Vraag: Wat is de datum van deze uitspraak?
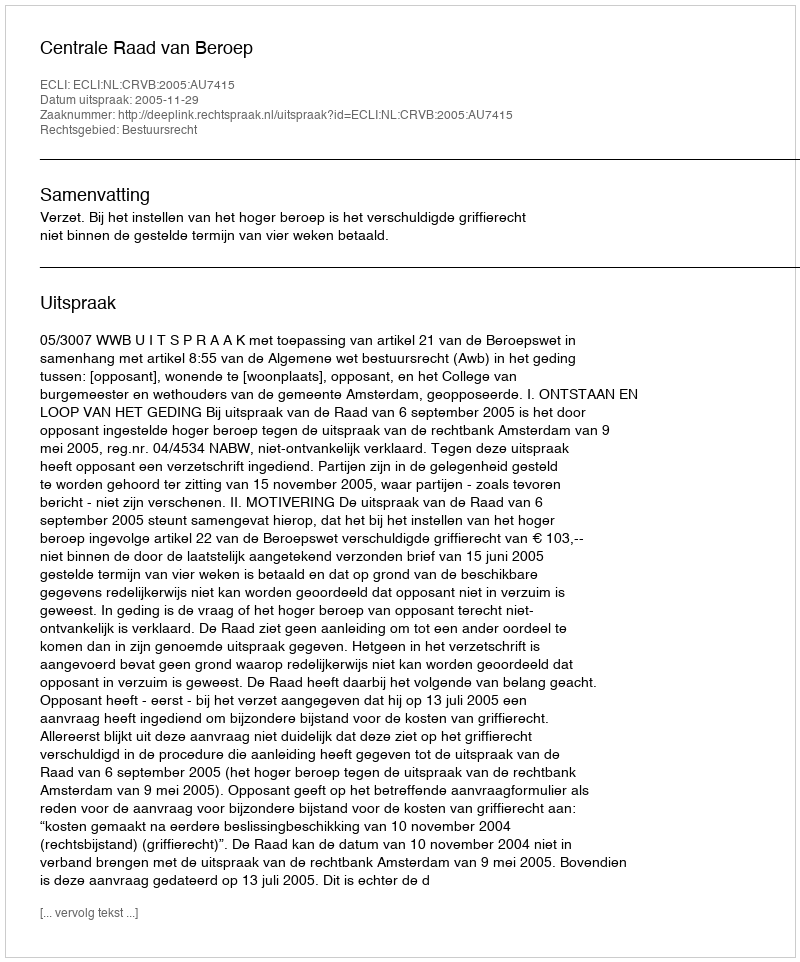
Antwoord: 2005-11-29